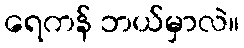
ရေကန် ဘယ်မှာလဲ။